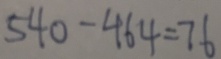
5 4 0 - 4 6 4 = 7 6